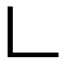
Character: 𠃊